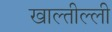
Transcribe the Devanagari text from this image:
खाल्तील्ली